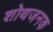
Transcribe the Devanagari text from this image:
शोथजनक